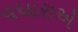
વધારાએ